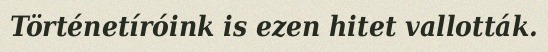
Történetíróink is ezen hitet vallották.